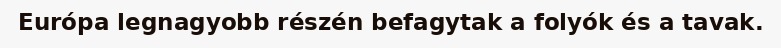
Európa legnagyobb részén befagytak a folyók és a tavak.